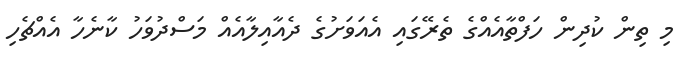
މި ތިން ކުދިން ހަފްތާއެއްގެ ތެރޭގައި އެއަވަށުގެ ދެއާއިލާއެއް މަސްދުވަހު ކާނެހާ އެއްޗެހި